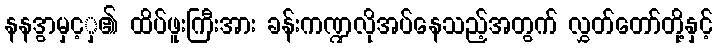
နနဒွာမှင့ှ၏ ထိပ်ဖူးကြီးအား ခန်းကဏ္ဍလိုအပ်နေသည့်အတွက် လွှတ်တော်တို့နှင့်